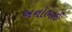
અનોભાઈ